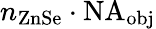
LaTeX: n_{\mathrm{ZnSe}}\cdot\mathrm{NA}_{\mathrm{obj}}